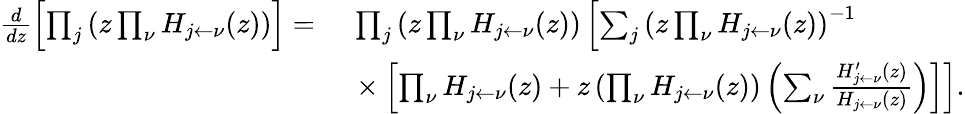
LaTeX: \begin{array}{rl}{\frac{d}{dz}\left[\prod_{j}\left(z\prod_{\nu}H_{{j}\leftarrow\nu}(z)\right)\right]=}&{\ \prod_{j}\left(z\prod_{\nu}H_{{j}\leftarrow\nu}(z)\right)\left[\sum_{j}\left(z\prod_{\nu}H_{{j}\leftarrow\nu}(z)\right)^{-1}\right.}\\ &{\left.\ \times\left[\prod_{\nu}H_{{j}\leftarrow\nu}(z)+z\left(\prod_{\nu}H_{{j}\leftarrow\nu}(z)\right)\left(\sum_{\nu}\frac{H_{{j}\leftarrow\nu}^{\prime}(z)}{H_{{j}\leftarrow\nu}(z)}\right)\right]\right].}\end{array}